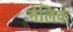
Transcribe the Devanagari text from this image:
नेलिक